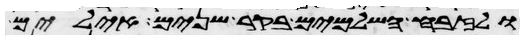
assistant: ולזבח השלמים בקר שנים אילים